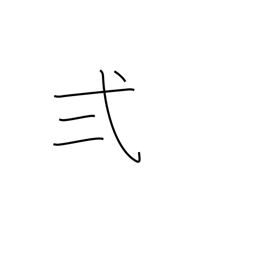
Meaning: two